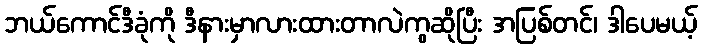
ဘယ်ကောင်ဒီခုံကို ဒီနားမှာလားထားတာလဲကွဆိုပြီး အပြစ်တင်၊ ဒါပေမယ့်